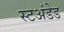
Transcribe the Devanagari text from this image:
स्टअंडेड